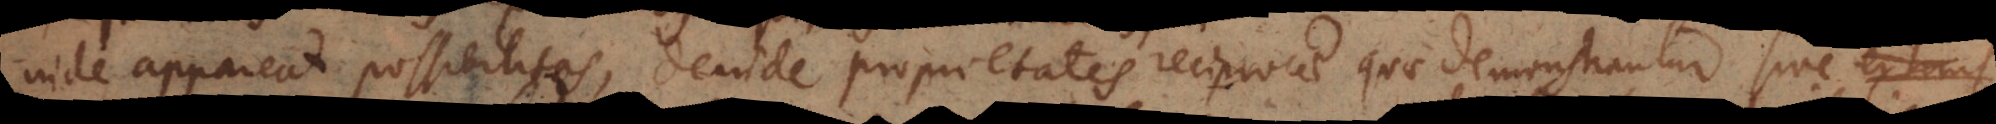
inde appareat possibilitas, deinde proprietates reciprocae quae demonstrantur sive intrinse